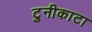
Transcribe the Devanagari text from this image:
टुनीकाटा